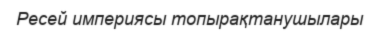
Ресей империясы топырақтанушылары